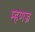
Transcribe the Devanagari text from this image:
म्हणज्र